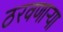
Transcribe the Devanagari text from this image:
ठरवणाऱ्या